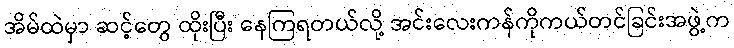
အိမ်ထဲမှာ ဆင့်တွေ ထိုးပြီး နေကြရတယ်လို့ အင်းလေးကန်ကိုကယ်တင်ခြင်းအဖွဲ့က